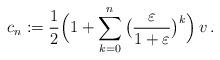
LaTeX: \begin{align*}c_n:=\frac{1}{2}\Big(1+\sum_{k=0}^n \big( \frac{\varepsilon}{1+\varepsilon}\big)^k\Big)\,v\,.\end{align*}